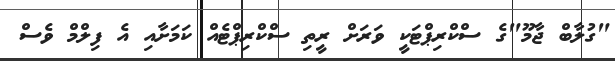
"ގުލާބް ޖާމޫ"ގެ ސްކްރިޕްޓަކީ ވަރަށް ރީތި ސްކްރިޕްޓެއް ކަމަށާއި އެ ފިލްމް ވެސް